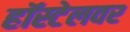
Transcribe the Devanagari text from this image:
हॉस्टेलवर